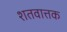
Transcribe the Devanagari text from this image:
शतवात्तक